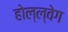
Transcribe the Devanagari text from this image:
होल्ल्वेग